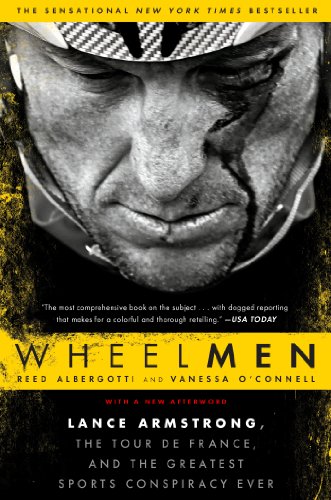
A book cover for Wheelmen: Lance Armstrong, the Tour de France, and the Greatest Sports Conspiracy Ever; Reed Albergotti; Sports & Outdoors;